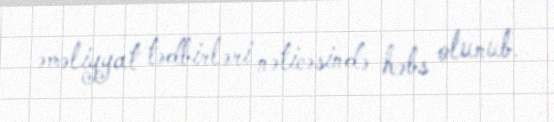
əməliyyat tədbirləri nəticəsində həbs olunub.